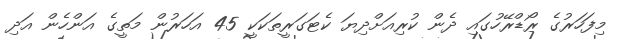
މިފަހަރުގެ ރޯޑްރޭހުގައި ދެން ކުރިއަށްދިޔަ ކެޓަގަރީތަކަކީ 45 އަހަރުން މަތީގެ އަންހެން އަދި